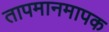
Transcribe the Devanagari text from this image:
तापमानमापक